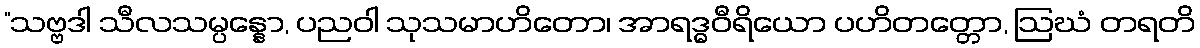
“သဗ္ဗဒါ သီလသမ္ပန္နော, ပညဝါ သုသမာဟိတော၊ အာရဒ္ဓဝီရိယော ပဟိတတ္တော, ဩဃံ တရတိ